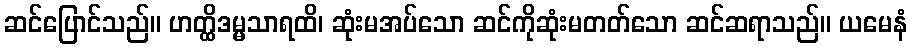
ဆင်ပြောင်သည်။ ဟတ္ထိဒမ္မသာရထိ၊ ဆုံးမအပ်သော ဆင်ကိုဆုံးမတတ်သော ဆင်ဆရာသည်။ ယမေနံ